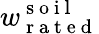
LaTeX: w_{\mathrm{~r~a~t~e~d~}}^{\mathrm{~s~o~i~l~}}